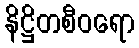
နိဋ္ဌိတစီဝရော